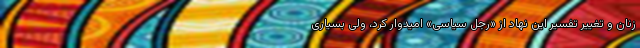
زنان و تغییر تفسیر این نهاد از «رجل سیاسی» امیدوار کرد، ولی بسیاری